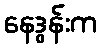
နေဒွန်းက